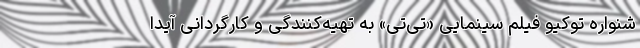
شنواره توکیو فیلم سینمایی «تی‌تی» به تهیه‌کنندگی و کارگردانی آیدا